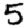
Digit: 5